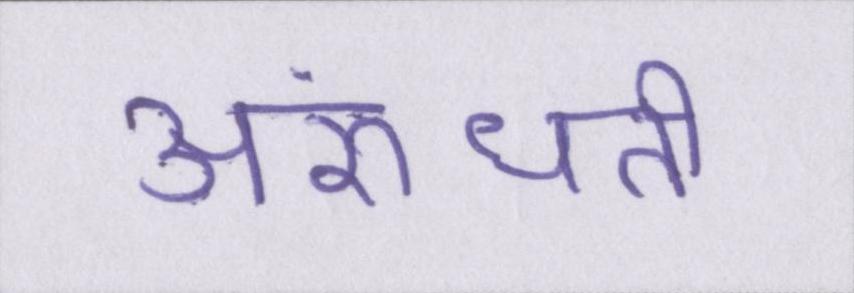
अरुंधती